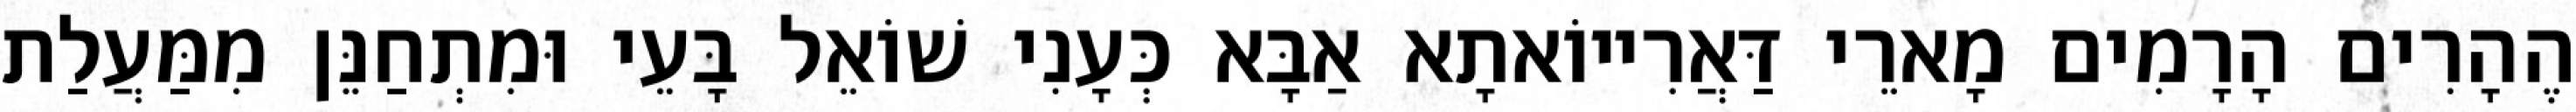
הֶהָרִים הָרָמִים מָארֵי דַּאֲרִייוֹאתָא אַבָּא כְּעָנִי שׁוֹאֵל בָּעֵי וּמִתְחַנֵּן מִמַּעֲלַת